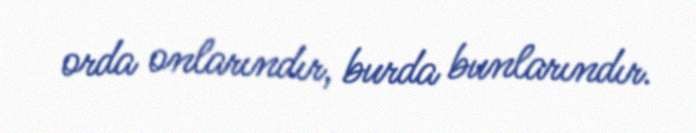
orda onlarındır, burda bunlarındır.